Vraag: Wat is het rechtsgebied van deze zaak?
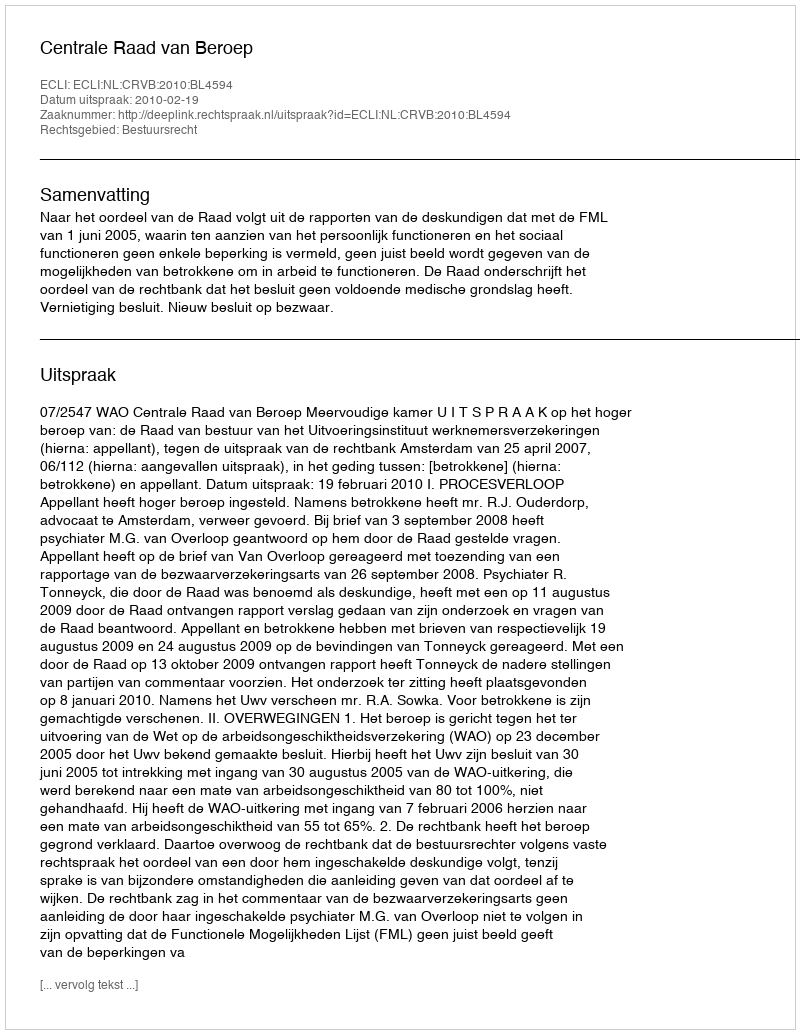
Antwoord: Bestuursrecht